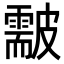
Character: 𥀫